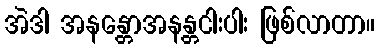
အဲဒါ အနန္တောအနန္တငါးပါး ဖြစ်လာတာ။